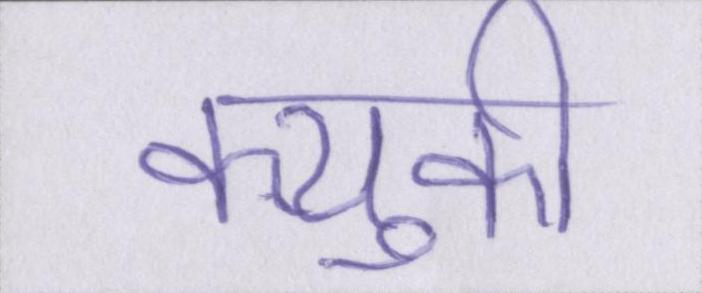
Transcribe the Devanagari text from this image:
क्युकी